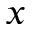
x